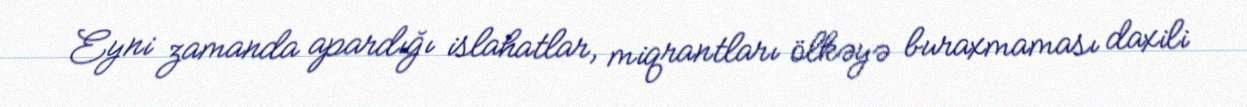
Eyni zamanda apardığı islahatlar, miqrantları ölkəyə buraxmaması daxili